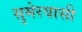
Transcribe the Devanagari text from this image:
सुमेरवासी